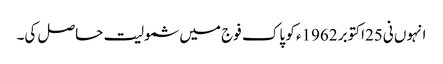
انہوں نی25اکتوبر 1962ء کو پاک فوج میں شمولیت حاصل کی۔